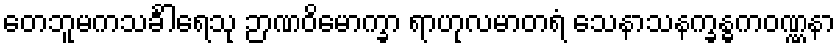
တေဘူမကသင်္ခါရေသု ဉာဏဝိမောက္ခာ ရာဟုလမာတရံ သေနာသနက္ခန္ဓကဝဏ္ဏနာ